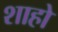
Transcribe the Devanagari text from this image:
शाहो